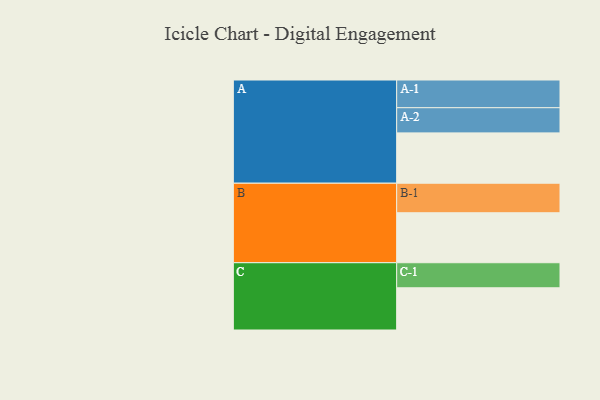
{"axis": {"x": "Segment", "y": "Value"}, "legend": ["", "A", "B", "C"], "data": [{"x": "A", "y": 416, "type": ""}, {"x": "B", "y": 413, "type": ""}, {"x": "C", "y": 349, "type": ""}, {"x": "A-1", "y": 229, "type": "A"}, {"x": "A-2", "y": 208, "type": "A"}, {"x": "B-1", "y": 244, "type": "B"}, {"x": "C-1", "y": 207, "type": "C"}]}